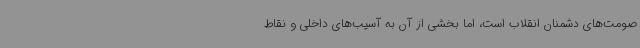
صومت‌های دشمنان انقلاب است، اما بخشی از آن به آسیب‌های داخلی و نقاط